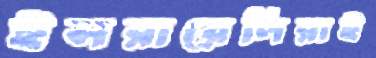
ইসরায়েলিরাই